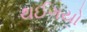
થઈગયો